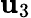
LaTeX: \mathbf{u}_{3}